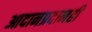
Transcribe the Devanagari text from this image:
आदानप्रदानही